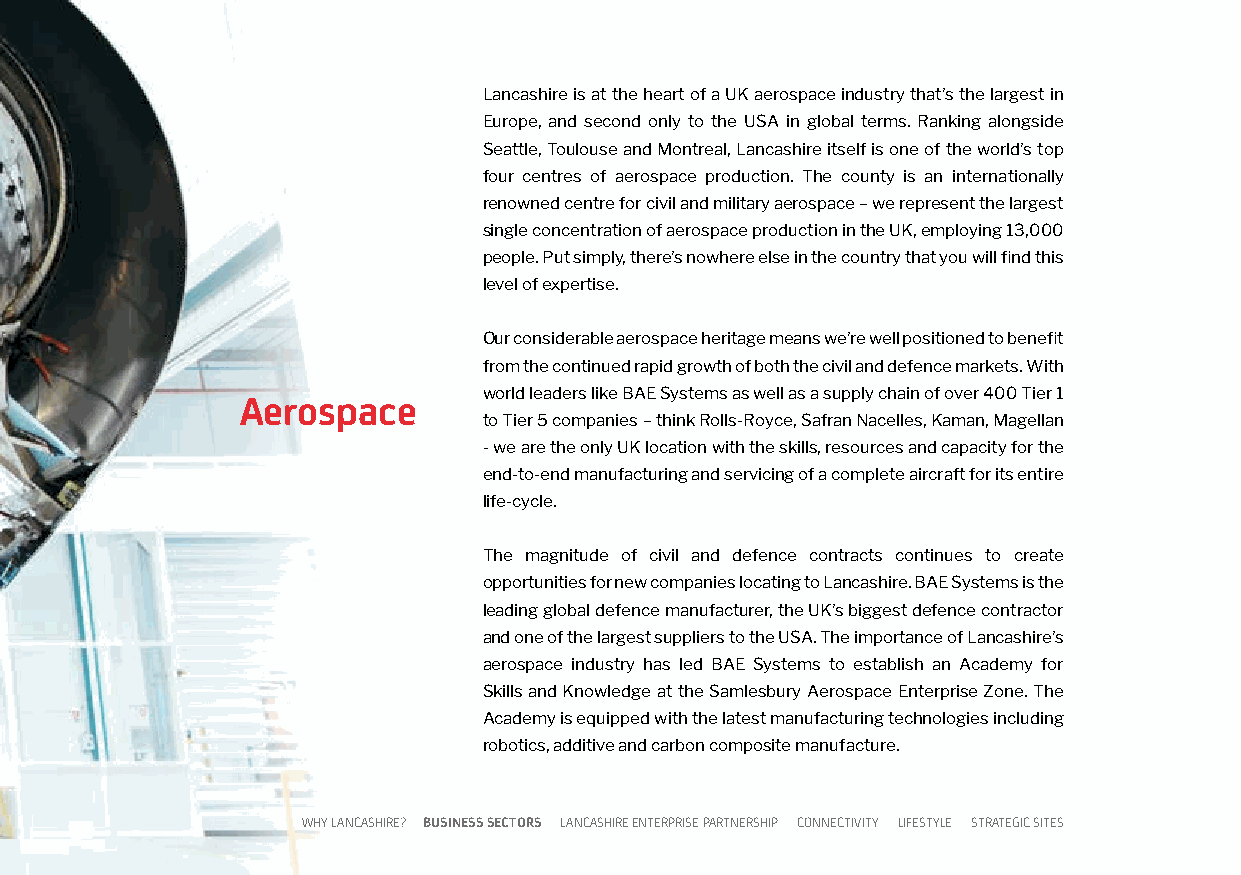
Lancashire is at the heart of a UK aerospace industry that’s the largest in
 Europe, and second only to the USA in global terms. Ranking alongside
 Seattle, Toulouse and Montreal, Lancashire itself is one of the world’s top
 four centres of aerospace production. The county is an internationally
 renowned centre for civil and military aerospace – we represent the largest
 single concentration of aerospace production in the UK, employing 13,000
 people. Put simply, there’s nowhere else in the country that you will find this
 level of expertise.
 Our considerable aerospace heritage means we’re well positioned to benefit
 from the continued rapid growth of both the civil and defence markets. With
 world leaders like BAE Systems as well as a supply chain of over 400 Tier 1
 Aerospace
 to Tier 5 companies – think Rolls-Royce, Safran Nacelles, Kaman, Magellan
 - we are the only UK location with the skills, resources and capacity for the
 end-to-end manufacturing and servicing of a complete aircraft for its entire
 life-cycle.
 The magnitude of civil and defence contracts continues to create
 opportunities for new companies locating to Lancashire. BAE Systems is the
 leading global defence manufacturer, the UK’s biggest defence contractor
 and one of the largest suppliers to the USA. The importance of Lancashire’s
 aerospace industry has led BAE Systems to establish an Academy for
 Skills and Knowledge at the Samlesbury Aerospace Enterprise Zone. The
 Academy is equipped with the latest manufacturing technologies including
 robotics, additive and carbon composite manufacture.
 WHY LANCASHIRE? BUSINESS SECTORS LANCASHIRE ENTERPRISE PARTNERSHIP CONNECTIVITY LIFESTYLE STRATEGIC SITES